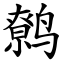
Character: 鹩